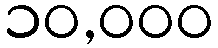
၁၀,၀၀၀